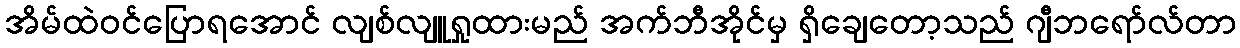
အိမ်ထဲဝင်ပြောရအောင် လျစ်လျူရှုထားမည် အက်ဘီအိုင်မှ ရှိချေတော့သည် ဂျီဘရော်လ်တာ